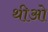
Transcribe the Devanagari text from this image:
थीओ